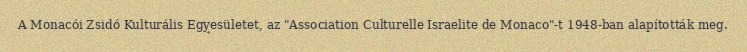
A Monacói Zsidó Kulturális Egyesületet, az "Association Culturelle Israelite de Monaco"-t 1948-ban alapították meg.